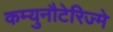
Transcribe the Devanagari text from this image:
कम्युनौटेरिज्मे